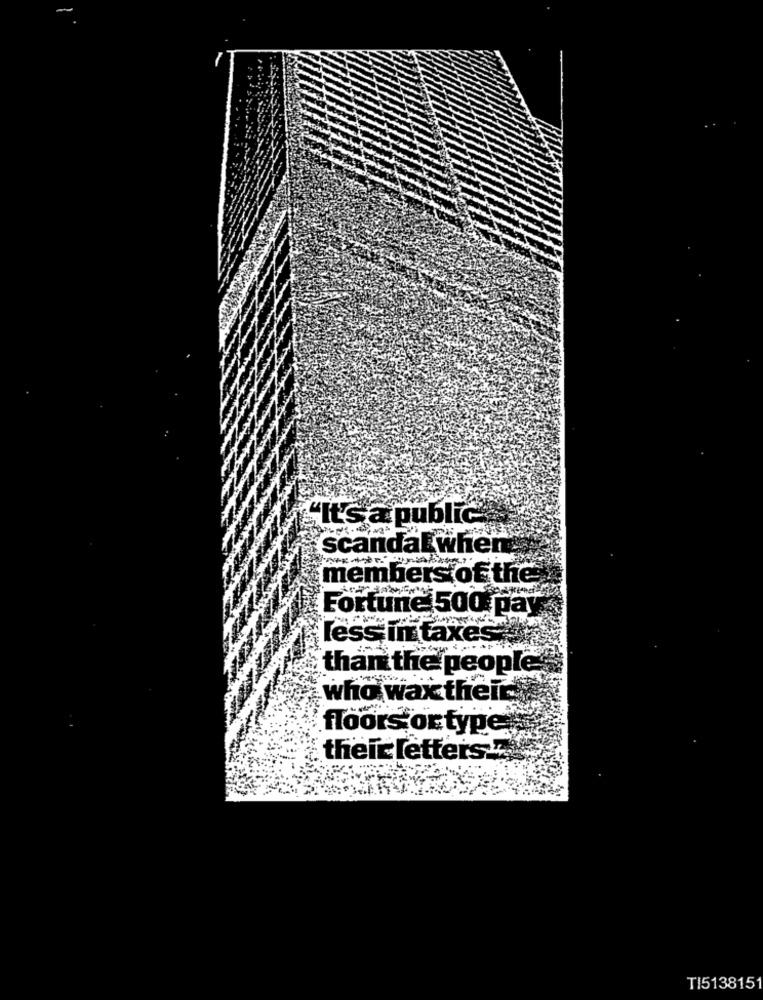
"It's a public
scandal when
members of the
Fortune 500 pay
Tess in taxes,
than the people
who wax their
floors or type
their letters"
TI513815